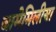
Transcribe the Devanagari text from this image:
जामेमिलीया